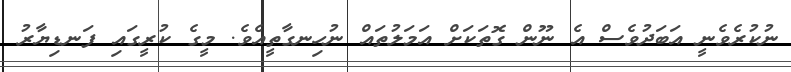
ނުކުރެވެނީ އަބަދުވެސް އެ ނޫން ގޮތަކަށް އަމަލުތައް ނުހިނގާތީއެވެ. މީގެ ކުރީގައި ފަނޑިޔާރު